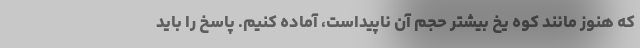
که هنوز مانند کوه یخ بیشتر حجم آن ناپیداست، آماده کنیم. پاسخ را باید